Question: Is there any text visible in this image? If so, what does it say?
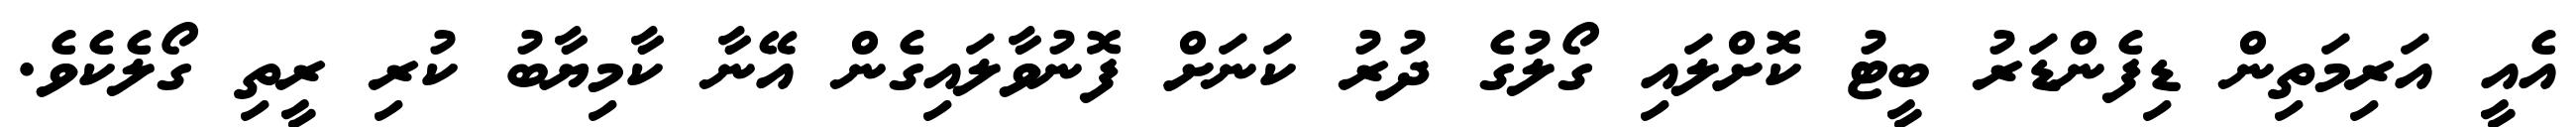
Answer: އެއީ އަރިމަތިން ޑިފެންޑަރު ބީޓު ކޮށްލައި ގޯލުގެ ދުރު ކަނަށް ފޮނުވާލައިގެން އޭނާ ކާމިޔާބު ކުރި ރީތި ގޯލެކެވެ.